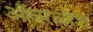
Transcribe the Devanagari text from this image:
ऑबरव्हेश